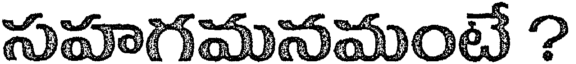
సహగమనమంటే ?